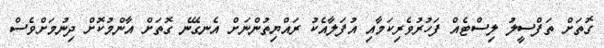
ގޮތަށް ތަފްސީލު ލިސްޓެއް ފަހުރުވެރިކަމާއި އުފަލާއެކު ރައްޔިތުންނަށް އެނގޭނެ ގޮތަށް އާންމުކޮށް ދިނުމަށްވެސް